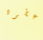
اعطوه